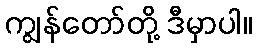
ကျွန်တော်တို့ ဒီမှာပါ။